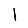
Digit: 1